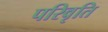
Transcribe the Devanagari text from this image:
परिवृति